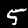
Label: 5